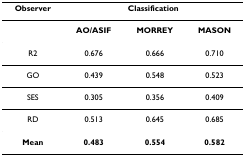
| Observer | <COLSPAN=3> Classification |
 | --- | --- | --- | --- |
 |  | AO/ASIF | MORREY | MASON |
 | R2 | 0.676 | 0.666 | 0.710 |
 | GO | 0.439 | 0.548 | 0.523 |
 | SES | 0.305 | 0.356 | 0.409 |
 | RD | 0.513 | 0.645 | 0.685 |
 | Mean | 0.483 | 0.554 | 0.582 |